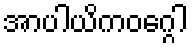
အာပါယိကဝဂ္ဂေါ